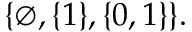
\{ \varnothing , \{ 1 \} , \{ 0 , 1 \} \} .